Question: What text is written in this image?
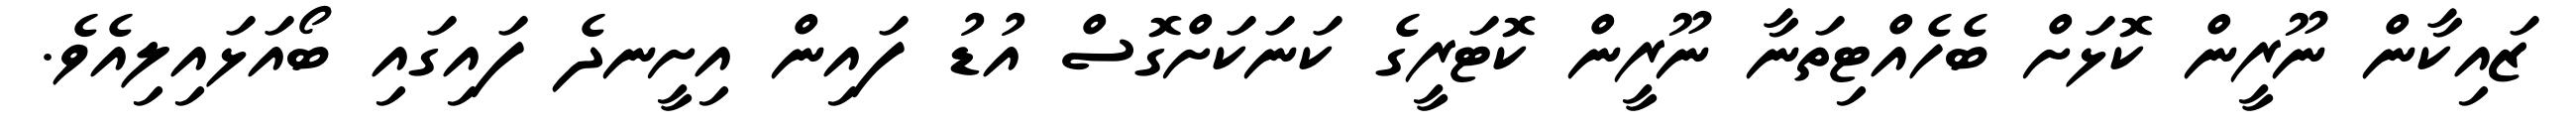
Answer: ޒައިކާން ނޫރީން ކޮޅަށް ބެހެއްޓިތަނާ ނޫރީން ކޮޓަރީގެ ކަނަކަށްގޮސް އުޑު ފައިން އިށީނދެ ފައިގައި ބޯއަޅައިލިއެވެ.